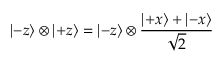
\left| - z \right\rangle \otimes \left| + z \right\rangle = \left| - z \right\rangle \otimes { \frac { \left| + x \right\rangle + \left| - x \right\rangle } { \sqrt { 2 } } }